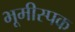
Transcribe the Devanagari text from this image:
भूमीस्पक